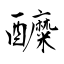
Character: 醾